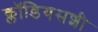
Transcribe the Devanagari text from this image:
क्लॉडियसशी